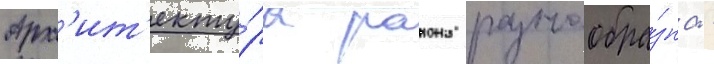
Арх'ит'екту́ра раиона разнообра́зна -